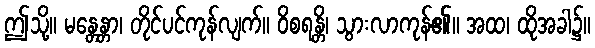
ဤသို့။ မန္တေန္တာ၊ တိုင်ပင်ကုန်လျက်။ ဝိစရန္တိ၊ သွားလာကုန်၏။ အထ၊ ထိုအခါ၌။